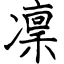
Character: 凜